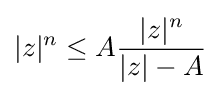
|z|^{n}\leq A{\frac {|z|^{n}}{|z|-A}}